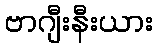
ဗာဂျီးနီးယား